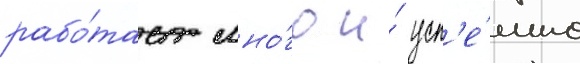
рабо́тает мно́го и́ усп'е́шно